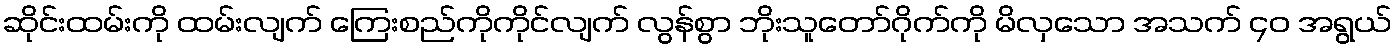
ဆိုင်းထမ်းကို ထမ်းလျက် ကြေးစည်ကိုကိုင်လျက် လွန်စွာ ဘိုးသူတော်ဂိုက်ကို မိလှသော အသက် ၄၀ အရွယ်